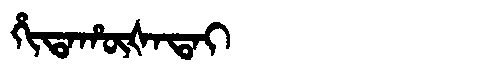
Manchu: ᡥᡳᡨᠠᡥᡡᡧᠠᡨᠠᡳ
Romanization: HITAHŪŠATAI